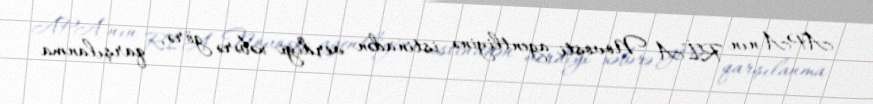
APA-nın RİA Novosti agentliyinə istinadən verdiyi xəbərə görə, qarşılanma